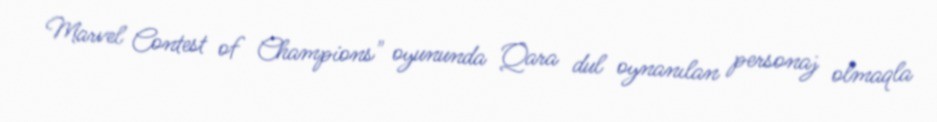
Marvel Contest of Champions" oyununda Qara dul oynanılan personaj olmaqla